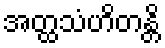
အတ္ထသံဟိတန္တိ